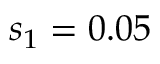
s _ { 1 } = 0 . 0 5